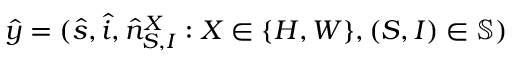
\hat { y } = ( \hat { s } , \hat { i } , \hat { n } _ { S , I } ^ { X } : X \in \{ H , W \} , ( S , I ) \in \mathbb { S } )